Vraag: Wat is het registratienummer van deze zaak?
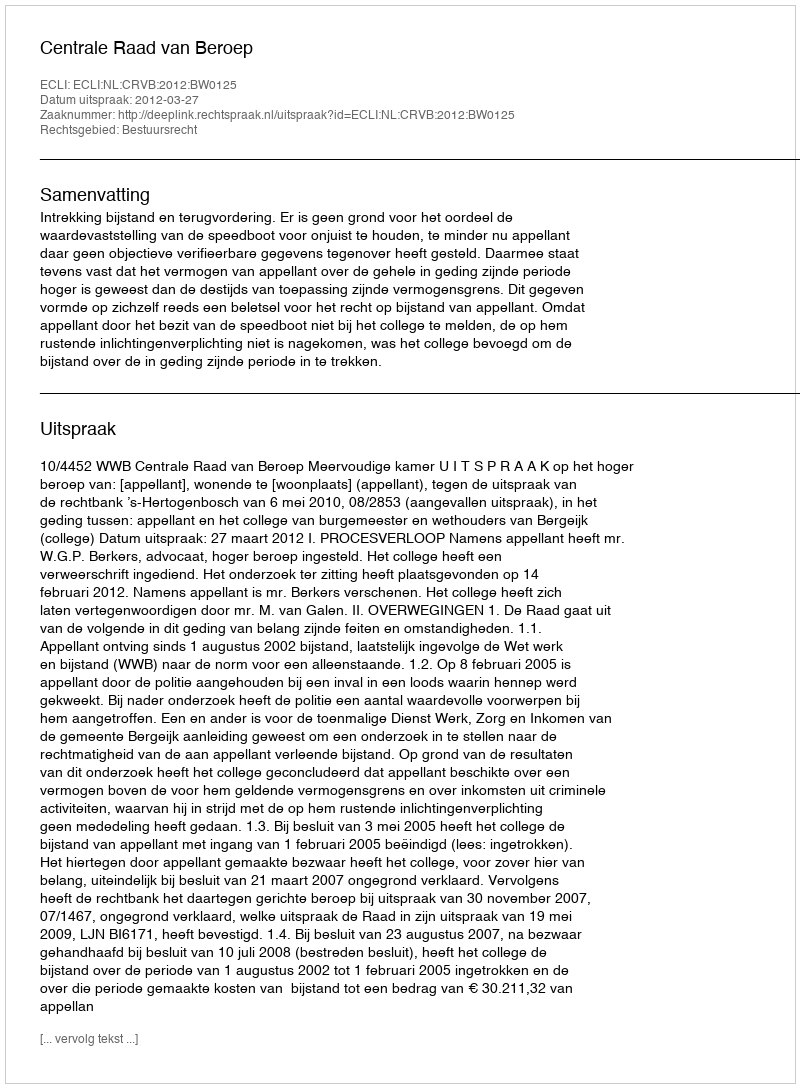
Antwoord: http://deeplink.rechtspraak.nl/uitspraak?id=ECLI:NL:CRVB:2012:BW0125